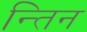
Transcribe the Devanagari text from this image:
न्तिन